Civil Veterinary Department. Central Provinces & Berar 1925-31 - 1925-1931
Year: 1925
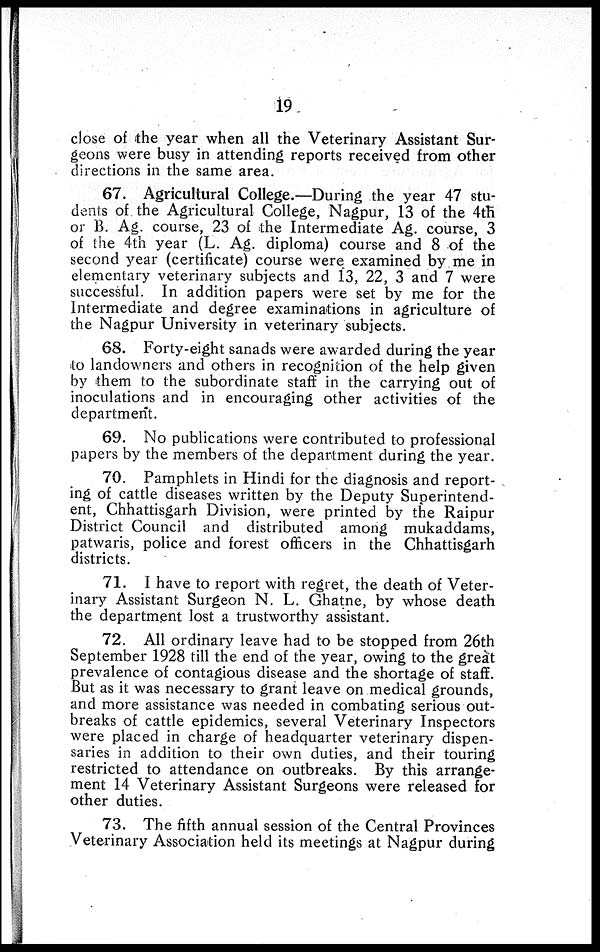
19
close of the year when all the Veterinary Assistant Sur-
geons were busy in attending reports received from other
directions in the same area.
67. Agricultural College.—During the year 47 stu-
dents of the Agricultural College, Nagpur, 13 of the 4th
or B. Ag. course, 23 of the Intermediate Ag. course, 3
of the 4th year (L. Ag. diploma) course and 8 of the
second year (certificate) course were examined by me in
elementary veterinary subjects and 13, 22, 3 and 7 were
successful. In addition papers were set by me for the
Intermediate and degree examinations in agriculture of
the Nagpur University in veterinary subjects.
68. Forty-eight sanads were awarded during the year
to landowners and others in recognition of the help given
by them to the subordinate staff in the carrying out of
inoculations and in encouraging other activities of the
department.
69. No publications were contributed to professional
papers by the members of the department during the year.
70. Pamphlets in Hindi for the diagnosis and report-
ing of cattle diseases written by the Deputy Superintend-
ent, Chhattisgarh Division, were printed by the Raipur
District Council and distributed among mukaddams,
patwaris, police and forest officers in the Chhattisgarh
districts.
71. I have to report with regret, the death of Veter-
inary Assistant Surgeon N. L. Ghatne, by whose death
the department lost a trustworthy assistant.
72. All ordinary leave had to be stopped from 26th
September 1928 till the end of the year, owing to the great
prevalence of contagious disease and the shortage of staff.
But as it was necessary to grant leave on medical grounds,
and more assistance was needed in combating serious out-
breaks of cattle epidemics, several Veterinary Inspectors
were placed in charge of headquarter veterinary dispen-
saries in addition to their own duties, and their touring
restricted to attendance on outbreaks. By this arrange-
ment 14 Veterinary Assistant Surgeons were released for
other duties.
73. The fifth annual session of the Central Provinces
Veterinary Association held its meetings at Nagpur during